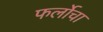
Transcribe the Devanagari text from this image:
फर्लोचा